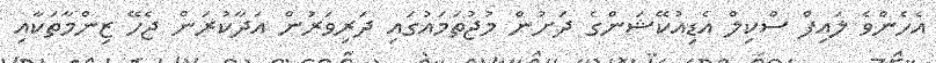
އެހެންވެ ލައިފް ސްކިލް އެޑިއުކޭޝަންގެ ދަށުން މުޖުތަމައުގައި ދަރިވަރުން އަދާކުރަން ޖެހޭ ޒިންމާތަކާއި